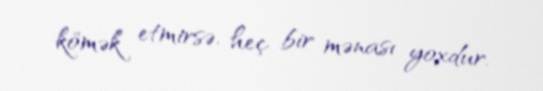
kömək etmirsə, heç bir mənası yoxdur.